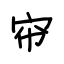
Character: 帘